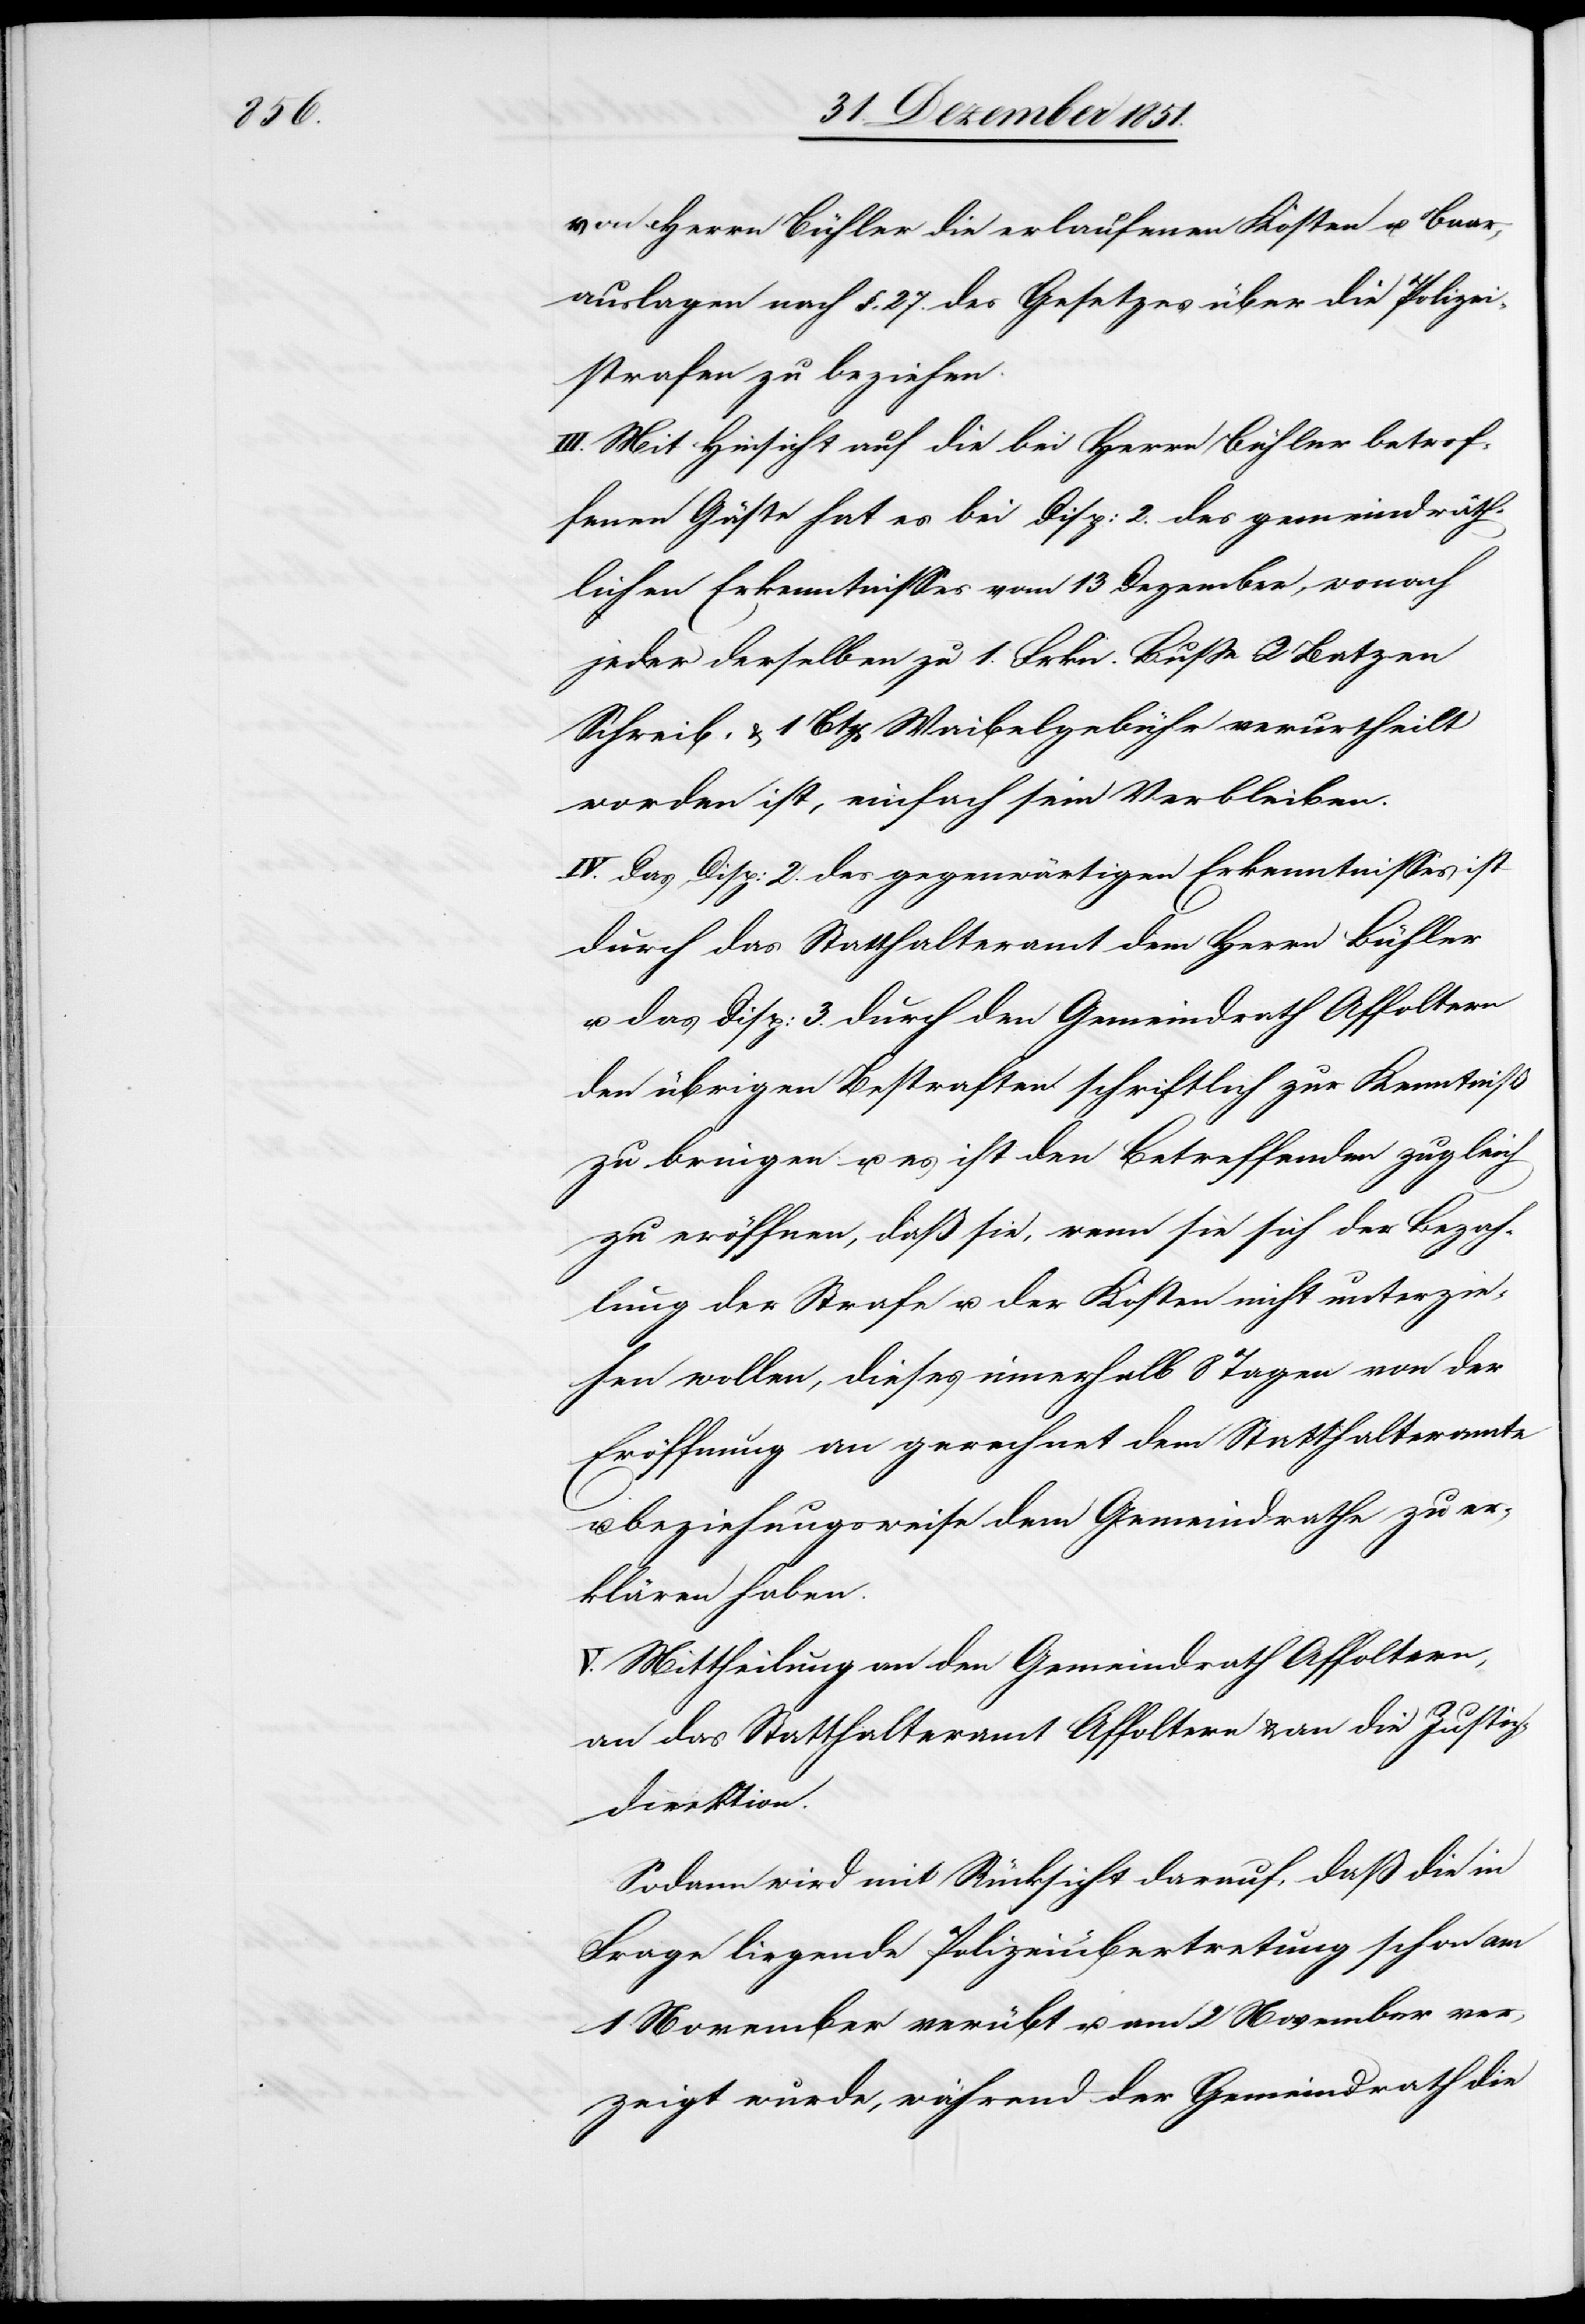
von Herrn Bühler die erlaufenen Kosten u. Baar¬
auslagen nach §. 27. des Gesetzes über die Polizei¬
strafen zu beziehen.
III. Mit Hinsicht auf die bei Herrn Bühler betrof¬
fenen Gäste hat es bei Disp: 2. des gemeindräth¬
lichen Erkenntnisses vom 13 Dezember, wonach
jeder derselben zu 1. Frkn. Buße[,] 2 Batzen
Schreib- & 1 Btz[en] Waibelgebühr verurtheilt
worden ist, einfach sein Verbleiben.
IV. Das Disp: 2. des gegenwärtigen Erkenntnisses ist
durch das Statthalteramt dem Herrn Bühler
u. das Disp: 3. durch den Gemeindrath Affoltern
den übrigen Bestraften schriftlich zur Kenntniß
zu bringen u. es ist den Betreffenden zugleich
zu eröffnen, daß sie, wenn sie sich der Bezah¬
lung der Strafe u. der Kosten nicht unterzie¬
hen wollen, dieses innerhalb 8 Tagen von der
Eröffnung an gerechnet dem Statthalteramte
beziehungsweise dem Gemeindrathe zu er¬
klären haben.
Mittheilung an den Gemeindrath Affoltern,
an das Statthalteramt Affoltern & an die Justiz¬
direktion.
Sodann wird mit Rücksicht darauf, daß die in
Frage liegende Polizeiübertretung schon am
1 November verübt u. am 2 November ver¬
zeigt wurde, während der Gemeindrath die